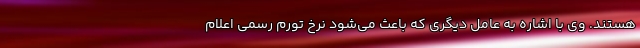
هستند. وی با اشاره به عامل دیگری که باعث می‌شود نرخ تورم رسمی اعلام